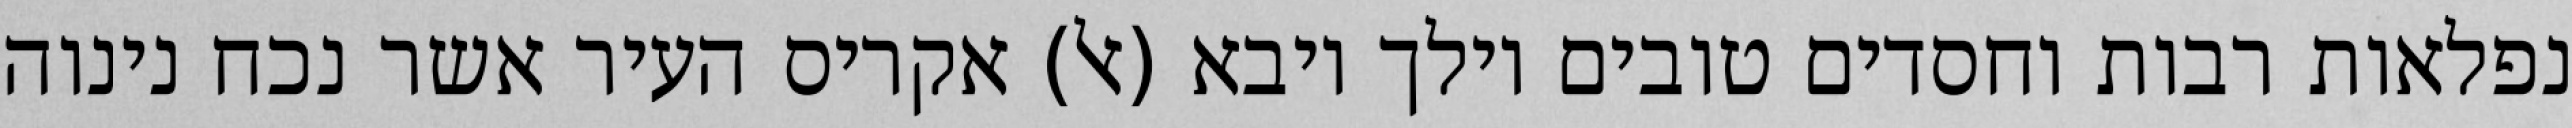
נפלאות רבות וחסדים טובים וילך ויבא (אל) אקריס העיר אשר נכח נינוה